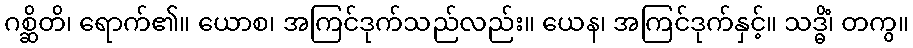
ဂစ္ဆိတိ၊ ရောက်၏။ ယောစ၊ အကြင်ဒုက်သည်လည်း။ ယေန၊ အကြင်ဒုက်နှင့်။ သဒ္ဓိံ၊ တကွ။